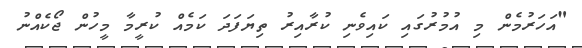
"އަހަރުމެން މި އުމުރުގައި ކައިވެނި ކުރާއިރު ތިޔަފަދަ ކަމެއް ކުރީމާ މީހުން ޖޯކެއްނު